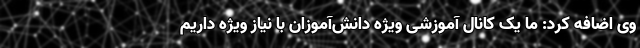
وی اضافه کرد: ما یک کانال آموزشی ویژه دانش‌آموزان با نیاز ویژه داریم